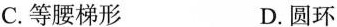
C.等腰梯形 D.圆环